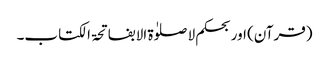
(قرآن) اور بحکم لا صلوٰۃ الا بفاتحۃ الکتاب۔